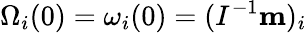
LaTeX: \Omega_{i}(0)=\omega_{i}(0)=(I^{-1}{\mathbf m})_{i}